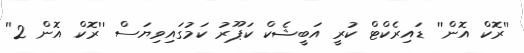
''ރޮކް އޮން'' ޑައިރެކްޓް ކުރީ އަބީޝެކް ކަޕޫރު ކަމުގައިވިޔަސް ''ރޮކް އޮން 2''